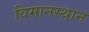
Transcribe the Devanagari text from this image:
विमानस्थान